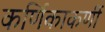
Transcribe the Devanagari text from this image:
कर्णिकाकर्णी